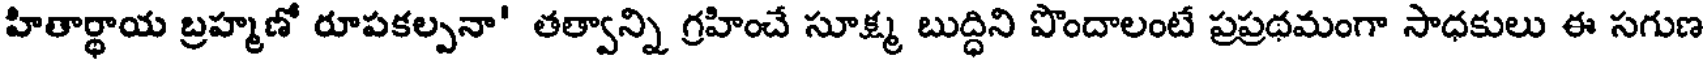
హితార్థాయ బ్రహ్మణో రూపకల్పనా' తత్వాన్ని గ్రహించే సూక్ష్మ బుద్ధిని పొందాలంటే ప్రప్రథమంగా సాధకులు ఈ సగుణ